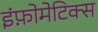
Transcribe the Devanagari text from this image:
इंफ़ोमेटिक्स